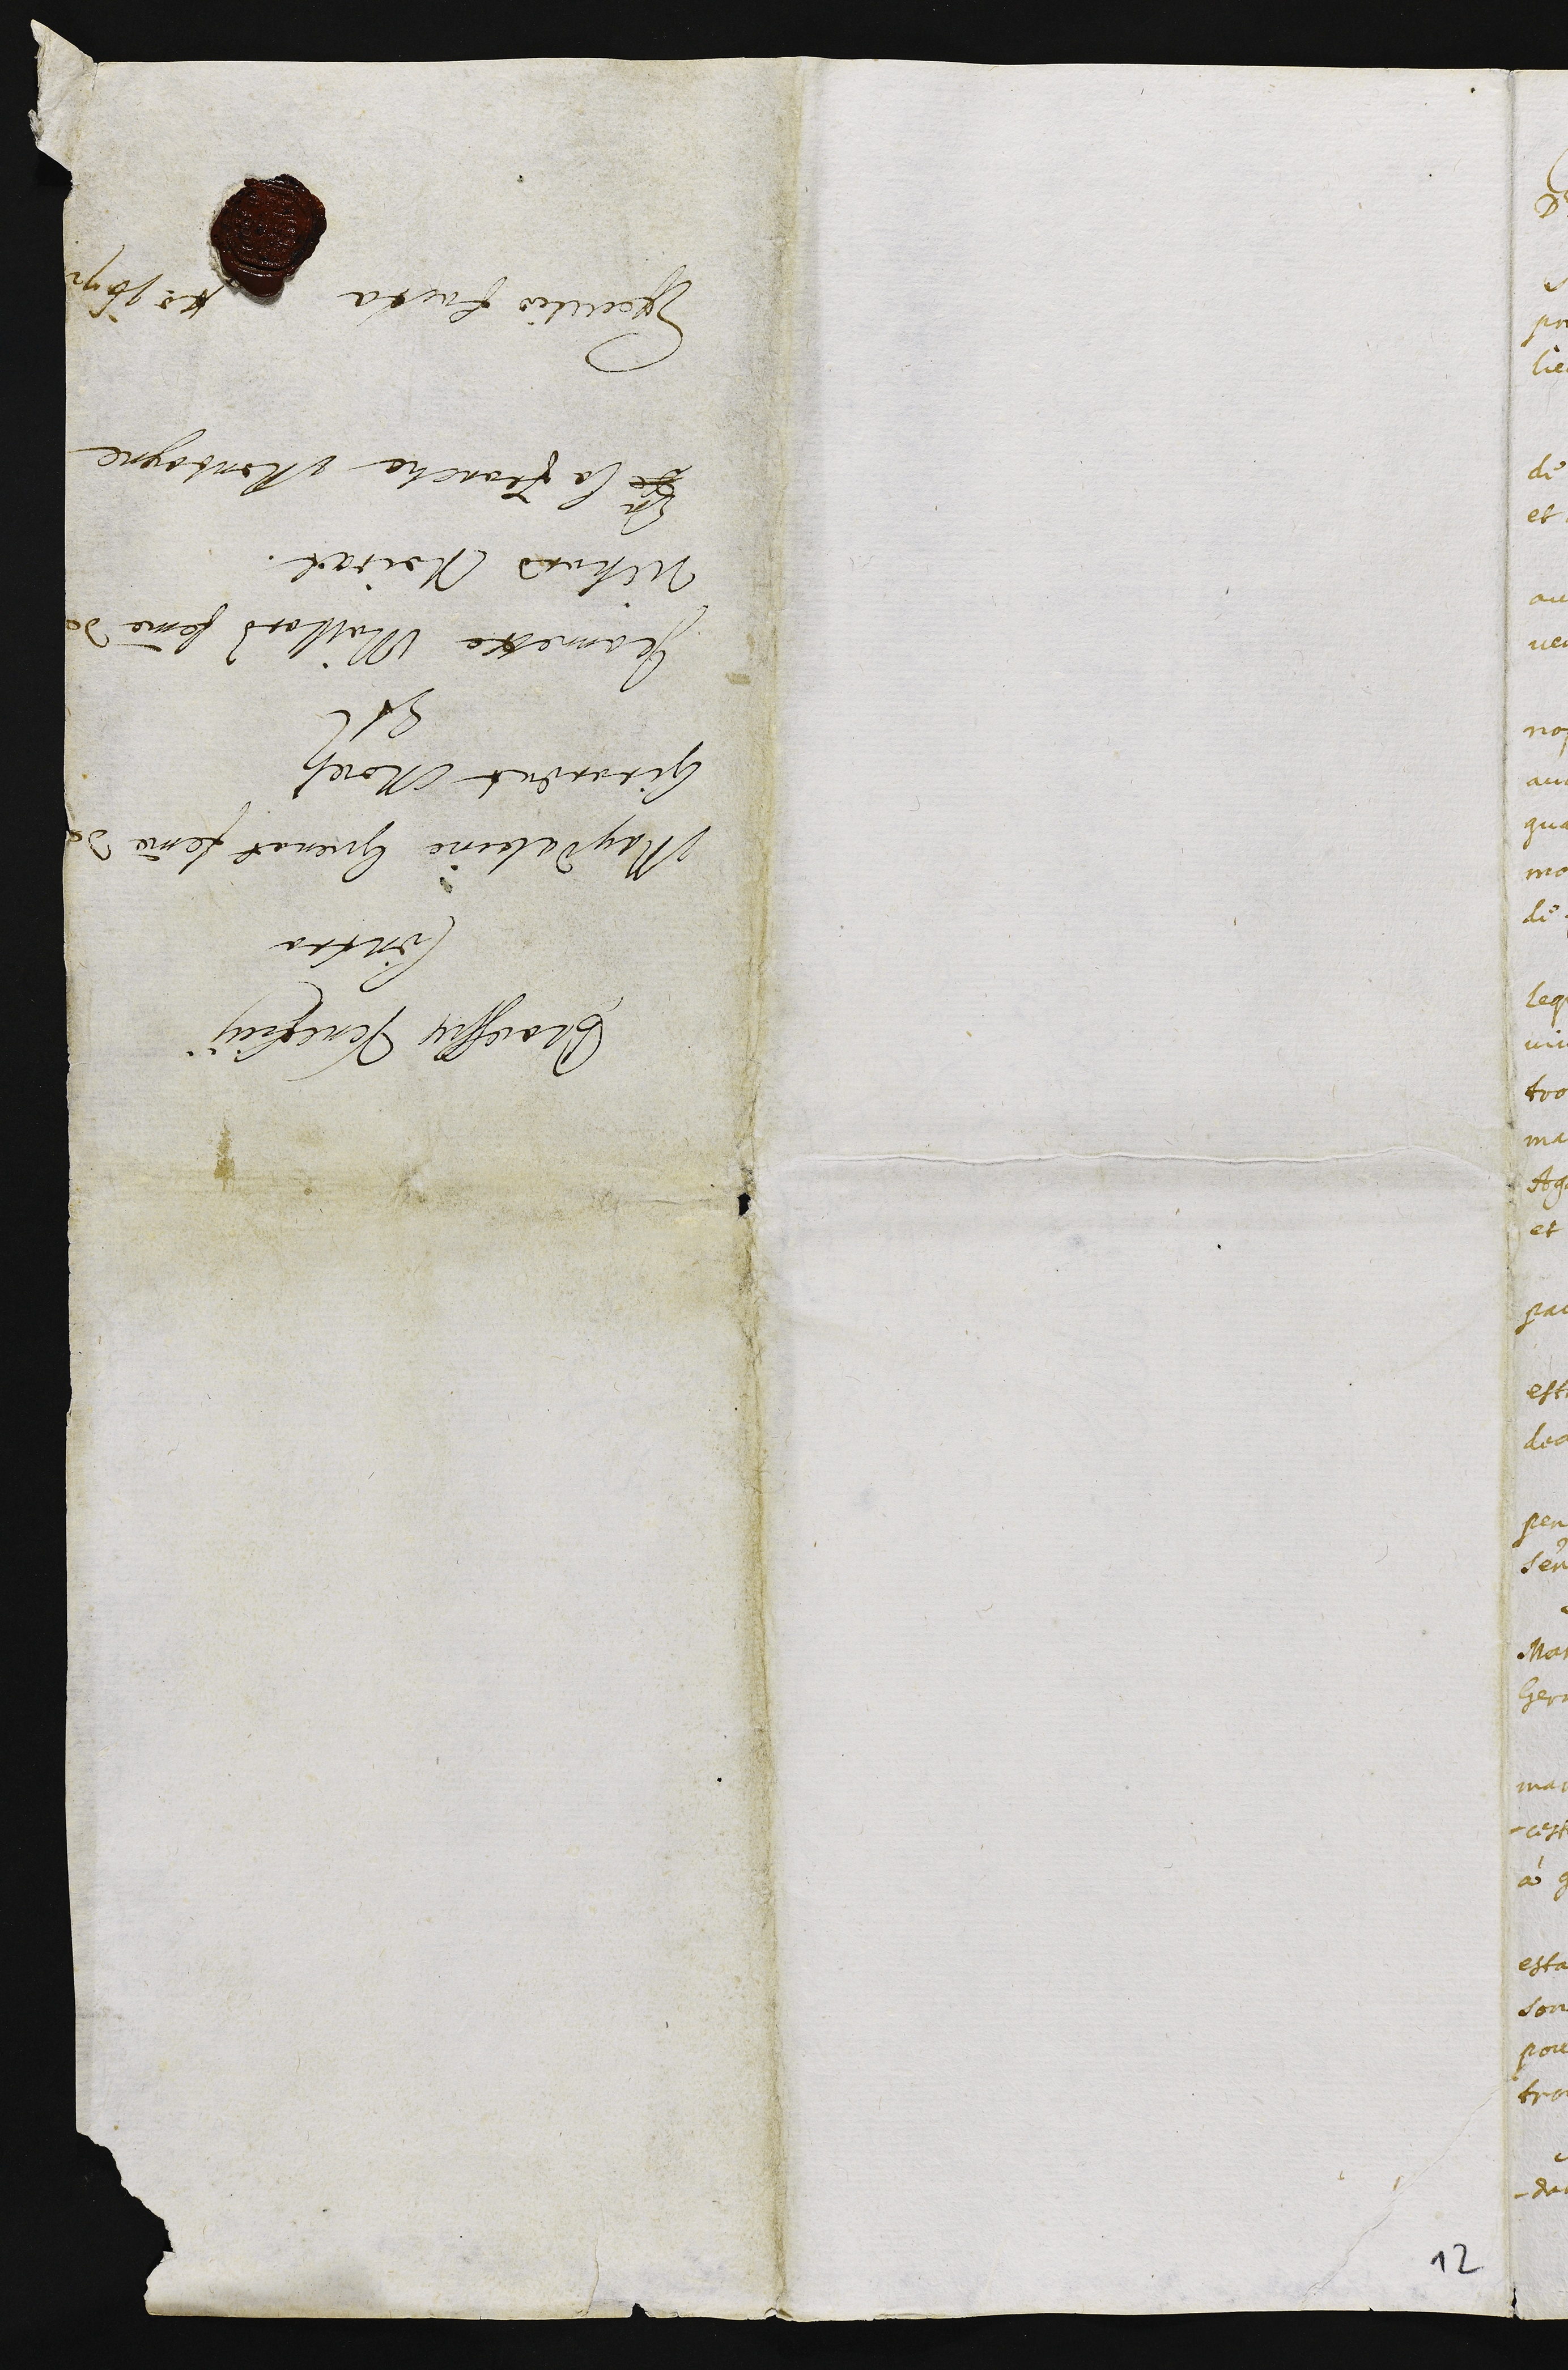
Processus Veneficii
Contra
Magdaleine Guenat femme de
Girardat Morelz
Et
Jeannette Maillard femme de
Richard Noirat.
de En la Franche Montagne
Executio facta Anno 1672